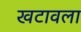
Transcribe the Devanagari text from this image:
खटावला